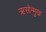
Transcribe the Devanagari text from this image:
ऋसोन्मुख